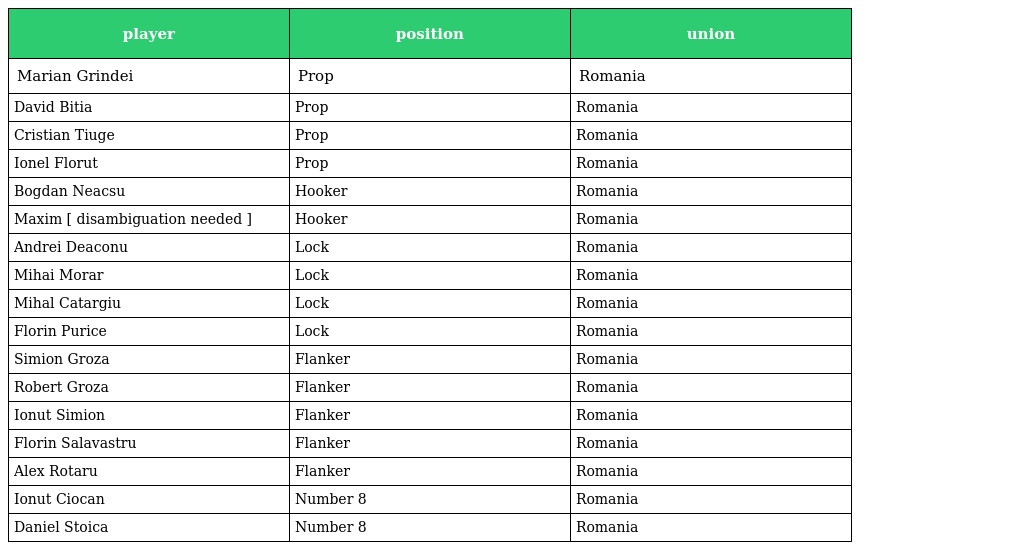
| player | position | union |
 | --- | --- | --- |
 | Marian Grindei | Prop | Romania |
 | David Bitia | Prop | Romania |
 | Cristian Tiuge | Prop | Romania |
 | Ionel Florut | Prop | Romania |
 | Bogdan Neacsu | Hooker | Romania |
 | Maxim [ disambiguation needed ] | Hooker | Romania |
 | Andrei Deaconu | Lock | Romania |
 | Mihai Morar | Lock | Romania |
 | Mihal Catargiu | Lock | Romania |
 | Florin Purice | Lock | Romania |
 | Simion Groza | Flanker | Romania |
 | Robert Groza | Flanker | Romania |
 | Ionut Simion | Flanker | Romania |
 | Florin Salavastru | Flanker | Romania |
 | Alex Rotaru | Flanker | Romania |
 | Ionut Ciocan | Number 8 | Romania |
 | Daniel Stoica | Number 8 | Romania |